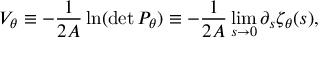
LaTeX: V _ { \theta } \equiv - { \frac { 1 } { 2 { \cal A } } } \ln ( \operatorname * { d e t } P _ { \theta } ) \equiv - { \frac { 1 } { 2 { \cal A } } } \operatorname * { l i m } _ { s \to 0 } \partial _ { s } \zeta _ { \theta } ( s ) ,